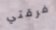
فرقتي